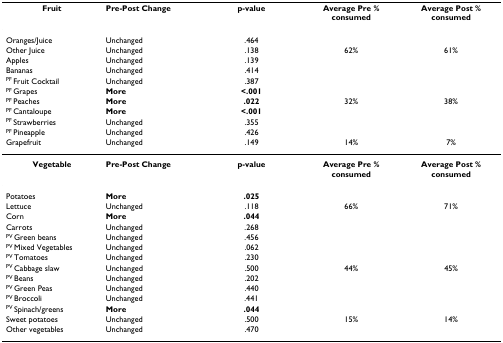
<table><thead><tr><td><b>Fruit</b></td><td><b>Pre-Post Change</b></td><td><b>p-value</b></td><td><b>Average Pre % consumed</b></td><td><b>Average Post % consumed</b></td></tr></thead><tbody><tr><td>Oranges/Juice</td><td>Unchanged</td><td>.464</td><td></td><td></td></tr><tr><td>Other Juice</td><td>Unchanged</td><td>.138</td><td>62%</td><td>61%</td></tr><tr><td>Apples</td><td>Unchanged</td><td>.139</td><td></td><td></td></tr><tr><td>Bananas</td><td>Unchanged</td><td>.414</td><td></td><td></td></tr><tr><td><sup>PF </sup>Fruit Cocktail</td><td>Unchanged</td><td>.387</td><td></td><td></td></tr><tr><td><sup>PF </sup>Grapes</td><td><b>More</b></td><td><b>&lt;.001</b></td><td></td><td></td></tr><tr><td><sup>PF </sup>Peaches</td><td><b>More</b></td><td><b>.022</b></td><td>32%</td><td>38%</td></tr><tr><td><sup>PF </sup>Cantaloupe</td><td><b>More</b></td><td><b>&lt;.001</b></td><td></td><td></td></tr><tr><td><sup>PF </sup>Strawberries</td><td>Unchanged</td><td>.355</td><td></td><td></td></tr><tr><td><sup>PF </sup>Pineapple</td><td>Unchanged</td><td>.426</td><td></td><td></td></tr><tr><td>Grapefruit</td><td>Unchanged</td><td>.149</td><td>14%</td><td>7%</td></tr><tr><td><b>Vegetable</b></td><td><b>Pre-Post Change</b></td><td><b>p-value</b></td><td><b>Average Pre % consumed</b></td><td><b>Average Post % consumed</b></td></tr><tr><td>Potatoes</td><td><b>More</b></td><td><b>.025</b></td><td></td><td></td></tr><tr><td>Lettuce</td><td>Unchanged</td><td>.118</td><td>66%</td><td>71%</td></tr><tr><td>Corn</td><td><b>More</b></td><td><b>.044</b></td><td></td><td></td></tr><tr><td>Carrots</td><td>Unchanged</td><td>.268</td><td></td><td></td></tr><tr><td><sup>PV </sup>Green beans</td><td>Unchanged</td><td>.456</td><td></td><td></td></tr><tr><td><sup>PV </sup>Mixed Vegetables</td><td>Unchanged</td><td>.062</td><td></td><td></td></tr><tr><td><sup>PV </sup>Tomatoes</td><td>Unchanged</td><td>.230</td><td></td><td></td></tr><tr><td><sup>PV </sup>Cabbage slaw</td><td>Unchanged</td><td>.500</td><td>44%</td><td>45%</td></tr><tr><td><sup>PV </sup>Beans</td><td>Unchanged</td><td>.202</td><td></td><td></td></tr><tr><td><sup>PV </sup>Green Peas</td><td>Unchanged</td><td>.440</td><td></td><td></td></tr><tr><td><sup>PV </sup>Broccoli</td><td>Unchanged</td><td>.441</td><td></td><td></td></tr><tr><td><sup>PV </sup>Spinach/greens</td><td><b>More</b></td><td><b>.044</b></td><td></td><td></td></tr><tr><td>Sweet potatoes</td><td>Unchanged</td><td>.500</td><td>15%</td><td>14%</td></tr><tr><td>Other vegetables</td><td>Unchanged</td><td>.470</td><td></td><td></td></tr></tbody></table>